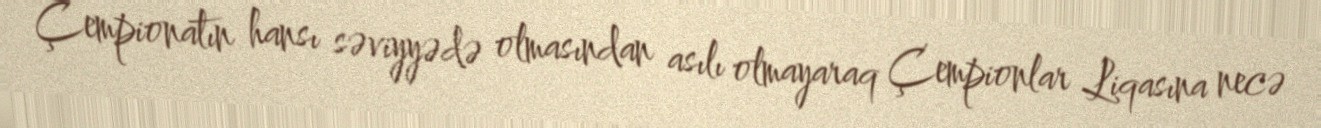
Çempionatın hansı səviyyədə olmasından asılı olmayaraq Çempionlar Liqasına necə